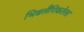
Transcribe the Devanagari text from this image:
भिन्नलैंगिकतेला